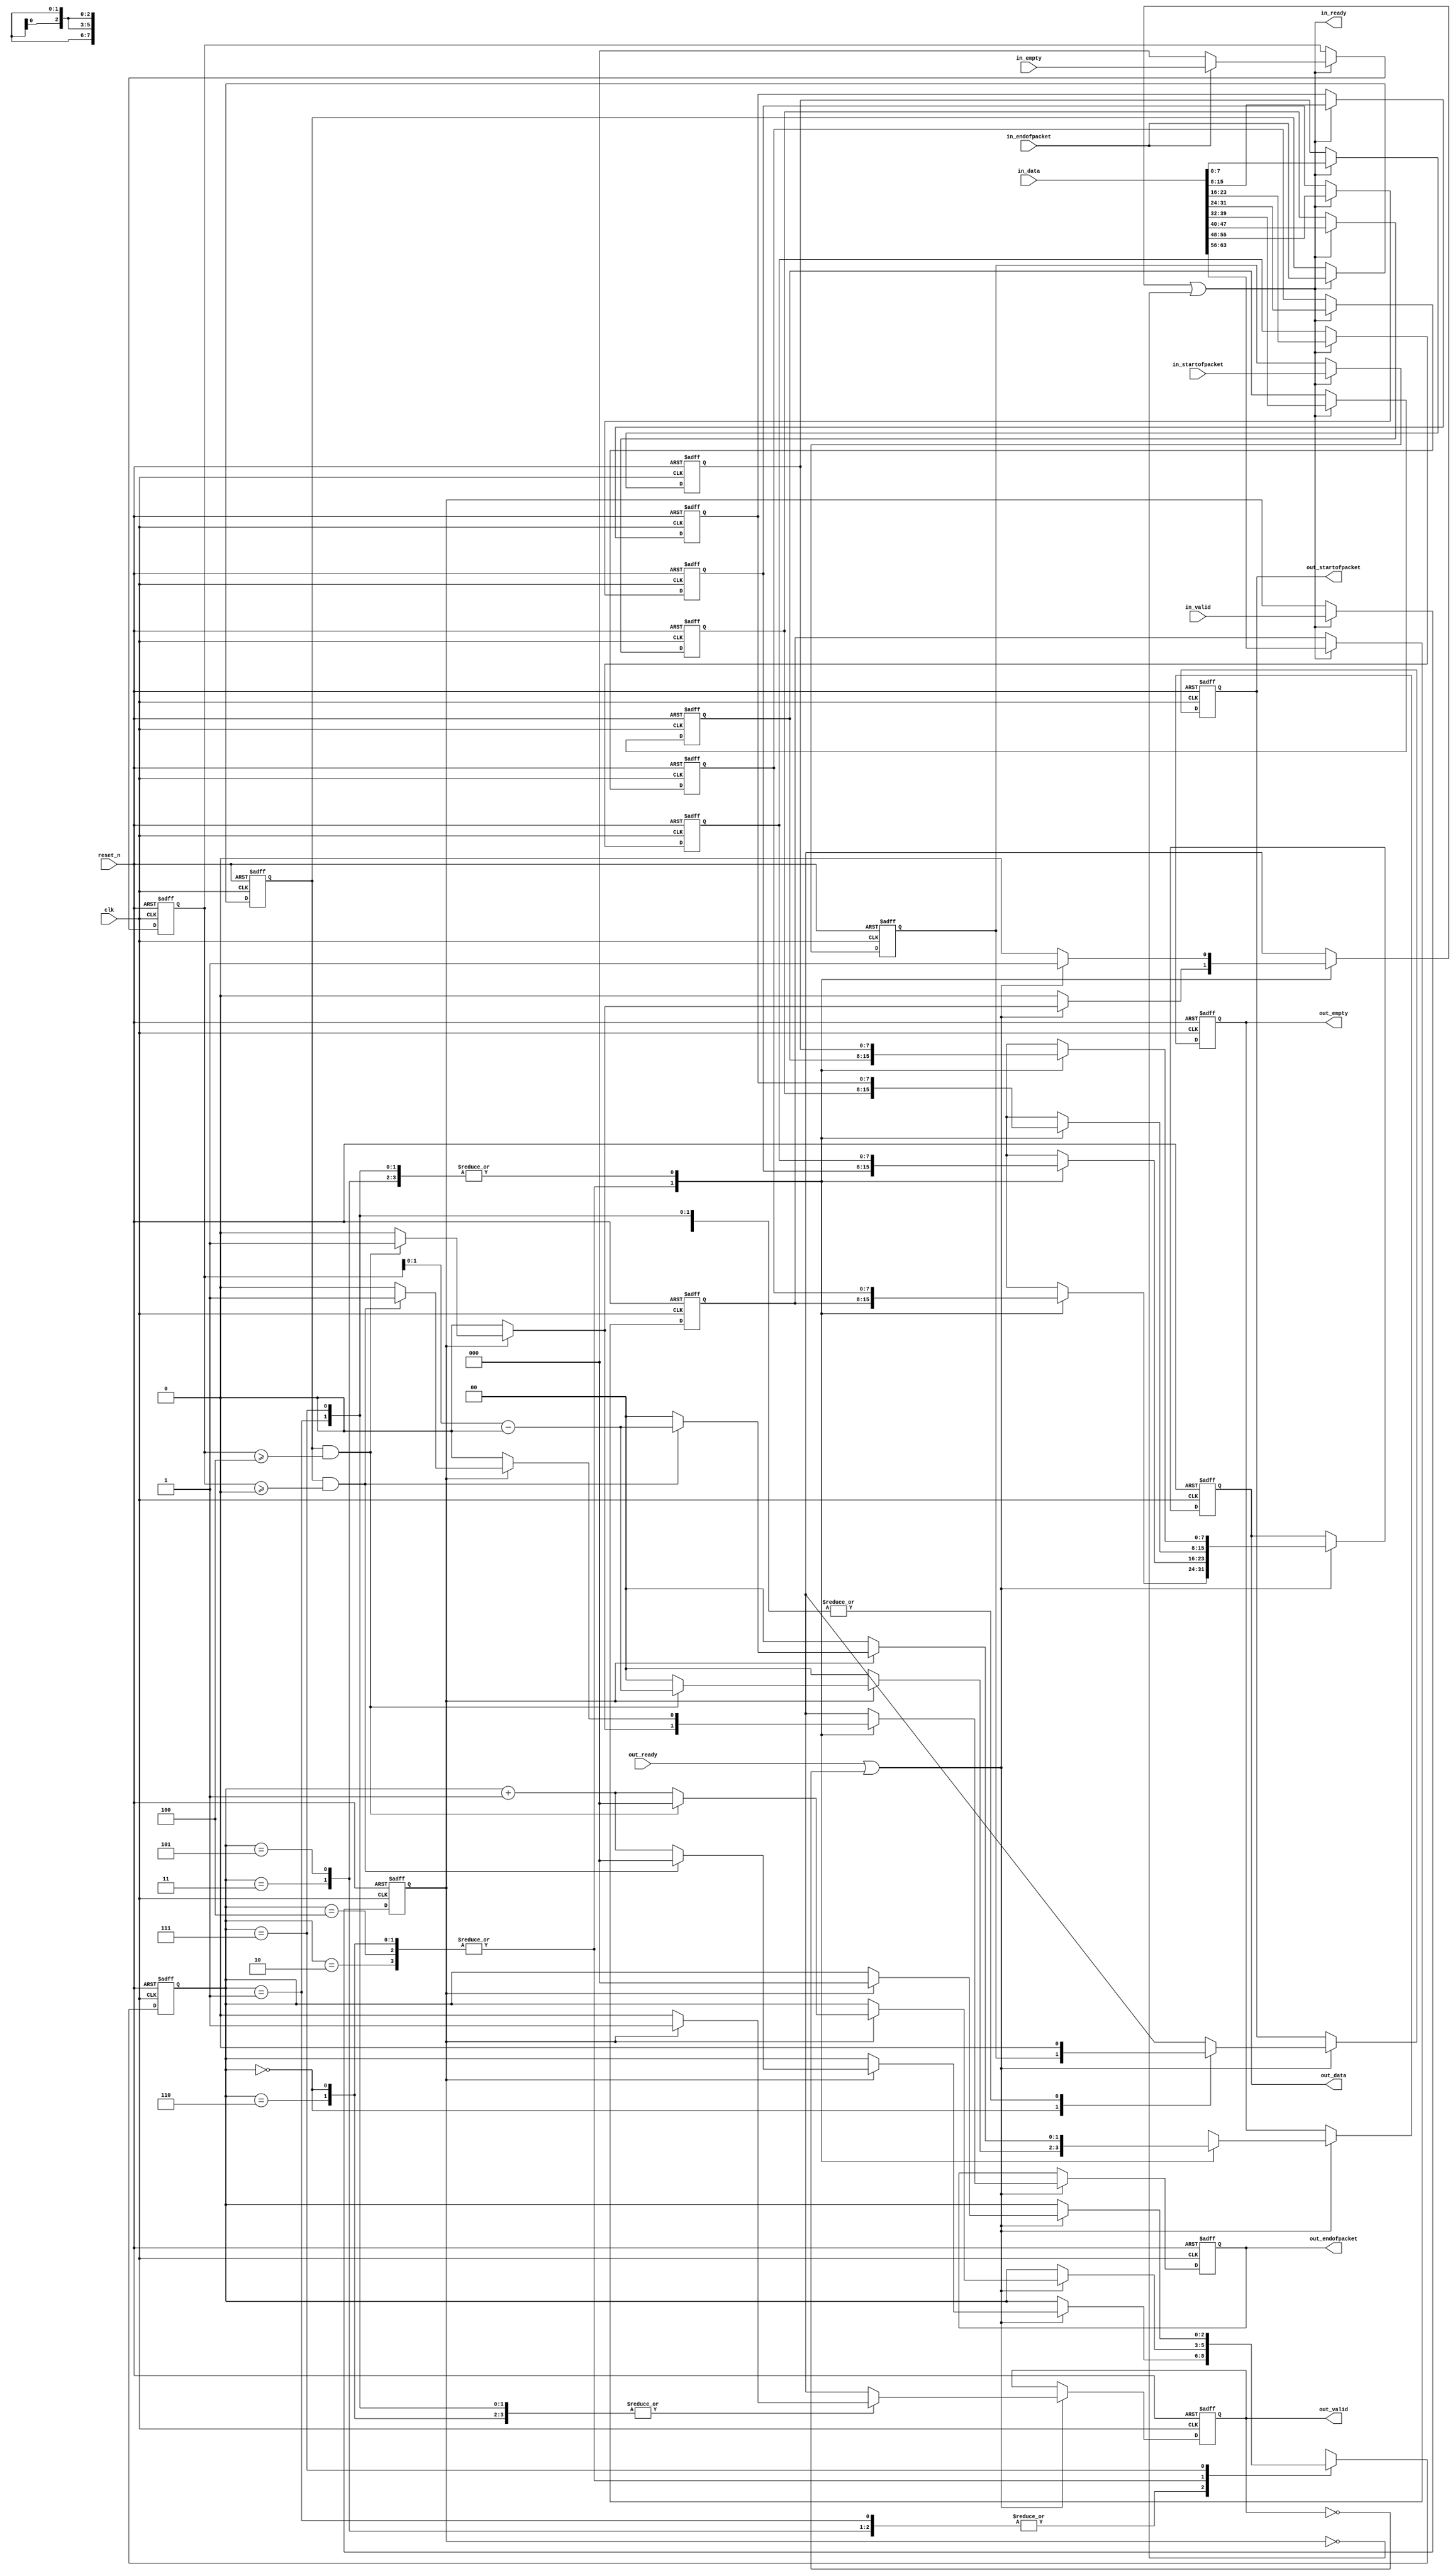
// --------------------------------------------------------------------------------
//| Avalon Streaming Data Format Adapter
// --------------------------------------------------------------------------------

`timescale 1ns / 100ps
module lcd_64_to_32_bits_dfa (
    
      // Interface: clk
      input              clk,
      // Interface: reset
      input              reset_n,
      // Interface: in
      output reg         in_ready,
      input              in_valid,
      input      [63: 0] in_data,
      input              in_startofpacket,
      input              in_endofpacket,
      input      [ 2: 0] in_empty,
      // Interface: out
      input              out_ready,
      output reg         out_valid,
      output reg [31: 0] out_data,
      output reg         out_startofpacket,
      output reg         out_endofpacket,
      output reg [ 1: 0] out_empty
);




   // ---------------------------------------------------------------------
   //| Signal Declarations
   // ---------------------------------------------------------------------
   reg          state_read_addr;

   wire [ 2: 0] state_from_memory;
   reg  [ 2: 0] state;
   reg  [ 2: 0] new_state;
   reg  [ 2: 0] state_d1;
   
   reg          in_ready_d1;
   reg          mem_readaddr;
   reg          mem_readaddr_d1;   

   reg          a_ready;
   reg          a_valid;
   reg          a_channel;
   reg  [ 7: 0] a_data0;
   reg  [ 7: 0] a_data1;
   reg  [ 7: 0] a_data2;
   reg  [ 7: 0] a_data3;
   reg  [ 7: 0] a_data4;
   reg  [ 7: 0] a_data5;
   reg  [ 7: 0] a_data6;
   reg  [ 7: 0] a_data7;
   reg          a_startofpacket;
   reg          a_endofpacket;
   reg  [ 2: 0] a_empty;
   reg          a_error;

   reg          b_ready;
   reg          b_valid;
   reg          b_channel;
   reg  [31: 0] b_data;
   reg          b_startofpacket;
   wire         b_startofpacket_wire;
   reg          b_endofpacket;
   reg  [ 1: 0] b_empty;
   reg          b_error;
   
   reg          mem_write0;
   reg  [ 7: 0] mem_writedata0;   
   wire [ 7: 0] mem_readdata0;
   wire         mem_waitrequest0;      
   reg  [8-1:0] mem0[0:0];
   reg          mem_write1;
   reg  [ 7: 0] mem_writedata1;   
   wire [ 7: 0] mem_readdata1;
   wire         mem_waitrequest1;      
   reg  [8-1:0] mem1[0:0];
   reg          mem_write2;
   reg  [ 7: 0] mem_writedata2;   
   wire [ 7: 0] mem_readdata2;
   wire         mem_waitrequest2;      
   reg  [8-1:0] mem2[0:0];
   reg          mem_write3;
   reg  [ 7: 0] mem_writedata3;   
   wire [ 7: 0] mem_readdata3;
   wire         mem_waitrequest3;      
   reg  [8-1:0] mem3[0:0];
   reg          mem_write4;
   reg  [ 7: 0] mem_writedata4;   
   wire [ 7: 0] mem_readdata4;
   wire         mem_waitrequest4;      
   reg  [8-1:0] mem4[0:0];
   reg          mem_write5;
   reg  [ 7: 0] mem_writedata5;   
   wire [ 7: 0] mem_readdata5;
   wire         mem_waitrequest5;      
   reg  [8-1:0] mem5[0:0];
   reg          mem_write6;
   reg  [ 7: 0] mem_writedata6;   
   wire [ 7: 0] mem_readdata6;
   wire         mem_waitrequest6;      
   reg  [8-1:0] mem6[0:0];
   reg          sop_mem_writeenable;
   reg          sop_mem_writedata;
   wire         mem_waitrequest_sop;
   
   wire         state_waitrequest;
   reg          state_waitrequest_d1;

   reg          in_channel = 0;
   reg          out_channel;


   reg          in_error = 0;
   reg          out_error;   


   reg  [ 2: 0] state_register;
   reg          sop_register;
   reg          error_register;
   reg  [ 7: 0] data0_register;
   reg  [ 7: 0] data1_register;
   reg  [ 7: 0] data2_register;
   reg  [ 7: 0] data3_register;
   reg  [ 7: 0] data4_register;
   reg  [ 7: 0] data5_register;
   reg  [ 7: 0] data6_register;

   // ---------------------------------------------------------------------
   //| Input Register Stage
   // ---------------------------------------------------------------------
   always @(posedge clk or negedge reset_n) begin
      if (!reset_n) begin
         a_valid <= 0;
         a_channel <= 0;
         a_data0 <= 0;
         a_data1 <= 0;
         a_data2 <= 0;
         a_data3 <= 0;
         a_data4 <= 0;
         a_data5 <= 0;
         a_data6 <= 0;
         a_data7 <= 0;
         a_startofpacket <= 0;
         a_endofpacket <= 0;
         a_empty <= 0;                  
         a_error <= 0;
      end else begin
         if (in_ready) begin
            a_valid <= in_valid;
            a_channel <= in_channel;
            a_error <= in_error;
            a_data0 <= in_data[63:56];
            a_data1 <= in_data[55:48];
            a_data2 <= in_data[47:40];
            a_data3 <= in_data[39:32];
            a_data4 <= in_data[31:24];
            a_data5 <= in_data[23:16];
            a_data6 <= in_data[15: 8];
            a_data7 <= in_data[ 7: 0];
            a_startofpacket <= in_startofpacket;
            a_endofpacket <= in_endofpacket;
            a_empty <= 0;                  
            if (in_endofpacket)
               a_empty <= in_empty;
         end
      end 
   end

   always @* begin
      state_read_addr = a_channel;
      if (in_ready)
         state_read_addr = in_channel;
   end
   
 
   // ---------------------------------------------------------------------
   //| State & Memory Keepers
   // ---------------------------------------------------------------------
   always @(posedge clk or negedge reset_n) begin
      if (!reset_n) begin
         in_ready_d1 <= 0;
         state_d1 <= 0;
         mem_readaddr_d1 <= 0;
         state_waitrequest_d1 <= 0;
      end else begin
         in_ready_d1 <= in_ready;
         state_d1 <= state;
         mem_readaddr_d1 <= mem_readaddr;
         state_waitrequest_d1 <= state_waitrequest;
      end
   end
   
   always @(posedge clk or negedge reset_n) begin
      if (!reset_n) begin
         state_register <= 0;
         sop_register <= 0;
         data0_register <= 0;
         data1_register <= 0;
         data2_register <= 0;
         data3_register <= 0;
         data4_register <= 0;
         data5_register <= 0;
         data6_register <= 0;
      end else begin
         state_register <= new_state;
         if (sop_mem_writeenable)
            sop_register <= sop_mem_writedata;
         if (mem_write0)
            data0_register <= mem_writedata0;
         if (mem_write1)
            data1_register <= mem_writedata1;
         if (mem_write2)
            data2_register <= mem_writedata2;
         if (mem_write3)
            data3_register <= mem_writedata3;
         if (mem_write4)
            data4_register <= mem_writedata4;
         if (mem_write5)
            data5_register <= mem_writedata5;
         if (mem_write6)
            data6_register <= mem_writedata6;
      end
   end
   
   assign state_from_memory = state_register;
   assign b_startofpacket_wire = sop_register;
   assign mem_readdata0 = data0_register;
   assign mem_readdata1 = data1_register;
   assign mem_readdata2 = data2_register;
   assign mem_readdata3 = data3_register;
   assign mem_readdata4 = data4_register;
   assign mem_readdata5 = data5_register;
   assign mem_readdata6 = data6_register;
    
   // ---------------------------------------------------------------------
   //| State Machine
   // ---------------------------------------------------------------------
   always @* begin

      
      b_ready = (out_ready || ~out_valid);

      a_ready = 0;
      b_data = 0;
      b_valid = 0;
      b_channel = a_channel;
      b_error = a_error;
      
      state = state_from_memory;
      
      new_state = state;
      mem_write0 = 0;
      mem_writedata0 = a_data0;
      mem_write1 = 0;
      mem_writedata1 = a_data0;
      mem_write2 = 0;
      mem_writedata2 = a_data0;
      mem_write3 = 0;
      mem_writedata3 = a_data0;
      mem_write4 = 0;
      mem_writedata4 = a_data0;
      mem_write5 = 0;
      mem_writedata5 = a_data0;
      mem_write6 = 0;
      mem_writedata6 = a_data0;
      sop_mem_writeenable = 0;

      b_endofpacket = a_endofpacket;
      
      b_startofpacket = 0;
      
      b_endofpacket = 0;
      b_empty = 0;
       
      case (state)  
         0 : begin
            b_data[31:24] = a_data0;
            b_data[23:16] = a_data1;
            b_data[15: 8] = a_data2;
            b_data[ 7: 0] = a_data3;
            b_startofpacket = a_startofpacket;
            if (out_ready || ~out_valid) begin
               if (a_valid) begin
                  b_valid = 1;
                  new_state = state+1'b1;
                     if (a_endofpacket && (a_empty >= 4) ) begin
                        new_state = 0;
                        b_empty = a_empty - 4;
                        b_endofpacket = 1;
                        a_ready = 1;
                     end
                  end
               end
            end
         1 : begin
            b_data[31:24] = a_data4;
            b_data[23:16] = a_data5;
            b_data[15: 8] = a_data6;
            b_data[ 7: 0] = a_data7;
            b_startofpacket = 0;
            if (out_ready || ~out_valid) begin
            a_ready = 1;
               if (a_valid) begin
                  b_valid = 1;
                  new_state = state+1'b1;
                     if (a_endofpacket && (a_empty >= 0) ) begin
                        new_state = 0;
                        b_empty = a_empty - 0;
                        b_endofpacket = 1;
                        a_ready = 1;
                     end
                  end
               end
            end
         2 : begin
            b_data[31:24] = a_data0;
            b_data[23:16] = a_data1;
            b_data[15: 8] = a_data2;
            b_data[ 7: 0] = a_data3;
            b_startofpacket = 0;
            if (out_ready || ~out_valid) begin
               if (a_valid) begin
                  b_valid = 1;
                  new_state = state+1'b1;
                     if (a_endofpacket && (a_empty >= 4) ) begin
                        new_state = 0;
                        b_empty = a_empty - 4;
                        b_endofpacket = 1;
                        a_ready = 1;
                     end
                  end
               end
            end
         3 : begin
            b_data[31:24] = a_data4;
            b_data[23:16] = a_data5;
            b_data[15: 8] = a_data6;
            b_data[ 7: 0] = a_data7;
            b_startofpacket = 0;
            if (out_ready || ~out_valid) begin
            a_ready = 1;
               if (a_valid) begin
                  b_valid = 1;
                  new_state = state+1'b1;
                     if (a_endofpacket && (a_empty >= 0) ) begin
                        new_state = 0;
                        b_empty = a_empty - 0;
                        b_endofpacket = 1;
                        a_ready = 1;
                     end
                  end
               end
            end
         4 : begin
            b_data[31:24] = a_data0;
            b_data[23:16] = a_data1;
            b_data[15: 8] = a_data2;
            b_data[ 7: 0] = a_data3;
            b_startofpacket = 0;
            if (out_ready || ~out_valid) begin
               if (a_valid) begin
                  b_valid = 1;
                  new_state = state+1'b1;
                     if (a_endofpacket && (a_empty >= 4) ) begin
                        new_state = 0;
                        b_empty = a_empty - 4;
                        b_endofpacket = 1;
                        a_ready = 1;
                     end
                  end
               end
            end
         5 : begin
            b_data[31:24] = a_data4;
            b_data[23:16] = a_data5;
            b_data[15: 8] = a_data6;
            b_data[ 7: 0] = a_data7;
            b_startofpacket = 0;
            if (out_ready || ~out_valid) begin
            a_ready = 1;
               if (a_valid) begin
                  b_valid = 1;
                  new_state = state+1'b1;
                     if (a_endofpacket && (a_empty >= 0) ) begin
                        new_state = 0;
                        b_empty = a_empty - 0;
                        b_endofpacket = 1;
                        a_ready = 1;
                     end
                  end
               end
            end
         6 : begin
            b_data[31:24] = a_data0;
            b_data[23:16] = a_data1;
            b_data[15: 8] = a_data2;
            b_data[ 7: 0] = a_data3;
            b_startofpacket = 0;
            if (out_ready || ~out_valid) begin
               if (a_valid) begin
                  b_valid = 1;
                  new_state = state+1'b1;
                     if (a_endofpacket && (a_empty >= 4) ) begin
                        new_state = 0;
                        b_empty = a_empty - 4;
                        b_endofpacket = 1;
                        a_ready = 1;
                     end
                  end
               end
            end
         7 : begin
            b_data[31:24] = a_data4;
            b_data[23:16] = a_data5;
            b_data[15: 8] = a_data6;
            b_data[ 7: 0] = a_data7;
            b_startofpacket = 0;
            if (out_ready || ~out_valid) begin
            a_ready = 1;
               if (a_valid) begin
                  b_valid = 1;
                  new_state = 0;
                     if (a_endofpacket && (a_empty >= 0) ) begin
                        new_state = 0;
                        b_empty = a_empty - 0;
                        b_endofpacket = 1;
                        a_ready = 1;
                     end
                  end
               end
            end

      endcase

  	    in_ready = (a_ready || ~a_valid);

      mem_readaddr = in_channel;        
      if (~in_ready)
        mem_readaddr = mem_readaddr_d1;

      
      sop_mem_writedata = 0;
      if (a_valid)
         sop_mem_writedata = a_startofpacket;
      if (b_ready && b_valid && b_startofpacket)
        sop_mem_writeenable = 1;

   end


   // ---------------------------------------------------------------------
   //| Output Register Stage
   // ---------------------------------------------------------------------
   always @(posedge clk or negedge reset_n) begin
      if (!reset_n) begin
         out_valid <= 0;
         out_data <= 0;
         out_channel <= 0;
         out_startofpacket <= 0;
         out_endofpacket <= 0;
         out_empty <= 0;
         out_error <= 0;
      end else begin
         if (out_ready || ~out_valid) begin
            out_valid <= b_valid;
            out_data <= b_data;
            out_channel <= b_channel;	
            out_startofpacket <= b_startofpacket;
            out_endofpacket <= b_endofpacket;
            out_empty <= b_empty;
            out_error <= b_error;
         end
      end 
   end
   



endmodule